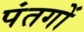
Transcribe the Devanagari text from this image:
पंतगों